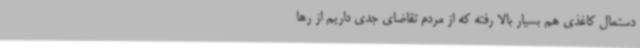
دستمال کاغذی هم بسیار بالا رفته که از مردم تقاضای جدی داریم از رها